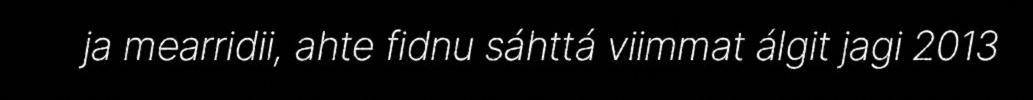
ja mearridii, ahte fidnu sáhttá viimmat álgit jagi 2013